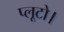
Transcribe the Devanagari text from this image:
प्लूटो।